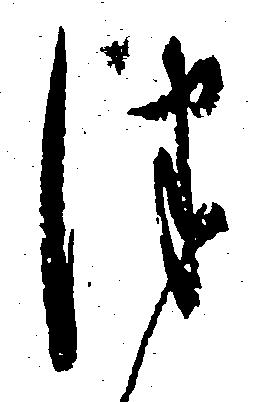
つ